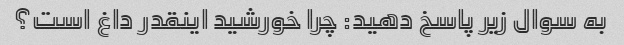
به سوال زیر پاسخ دهید: چرا خورشید اینقدر داغ است؟